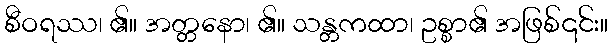
စီဝရဿ၊ ၏။ အတ္တနော၊ ၏။ သန္တကထာ၊ ဥစ္စာ၏ အဖြစ်၎င်း။